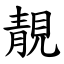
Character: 靚